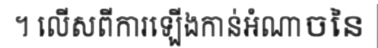
។ លើសពីការឡើងកាន់អំណាចនៃ